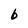
Character: b